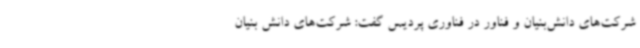
شرکت‌های دانش‌بنیان و فناور در فناوری پردیس گفت: شرکت‌های دانش بنیان